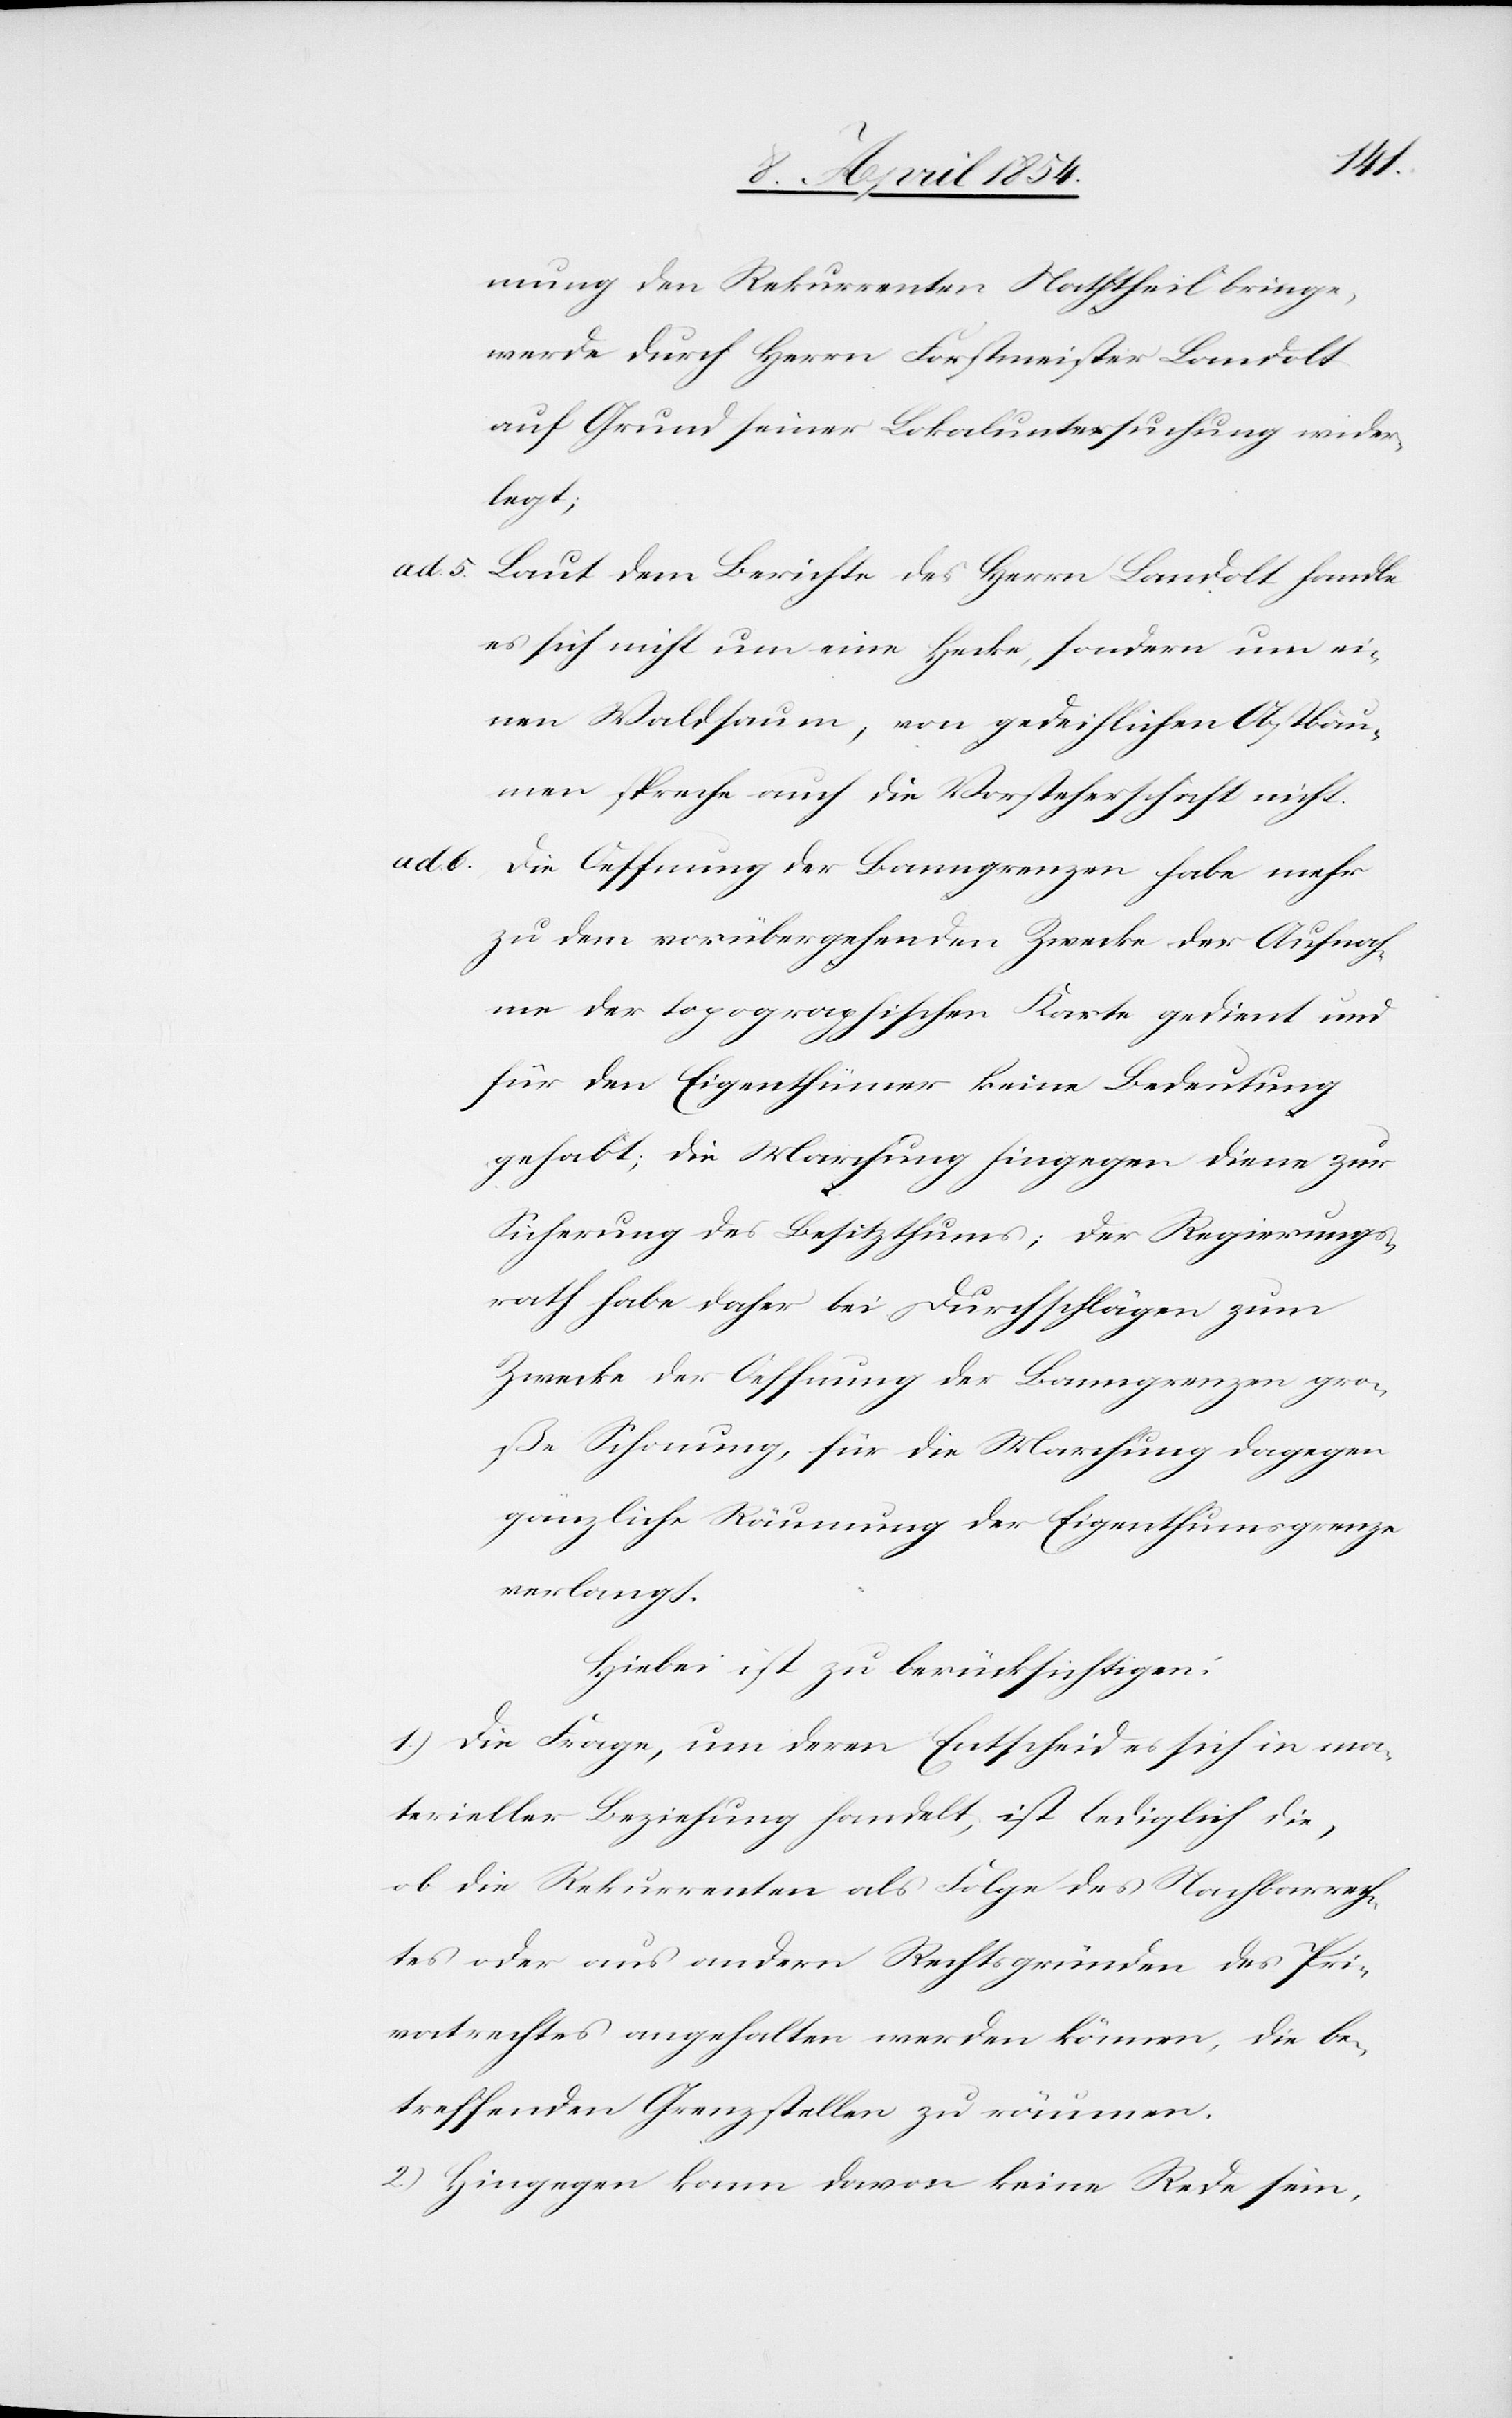
mung den Rekurrenten Nachtheil bringe,
werde durch Herrn Forstmeister Landolt
auf Grund seiner Lokaluntersuchung wider¬
legt;
ad. 5. Laut dem Berichte des Herrn Landolt handle
es sich nicht um eine Hecke, sondern um ei¬
nen Waldsaum; von gedeihlichen Obstbäu¬
men spreche auch die Vorsteherschaft nicht.
ad. 6. Die Oeffnung der Banngrenzen habe mehr
zu dem vorübergehenden Zwecke der Aufnah¬
me der topographischen Karte gedient und
für den Eigenthümer keine Bedeutung
gehabt; die Marchung hingegen diene zur
Sicherung des Besitzthums; der Regierungs¬
rath habe daher bei Durchschlägen zum
Zwecke der Oeffnung der Banngrenzen gro¬
ße Schonung, für die Marchung dagegen
gänzliche Räumung der Eigenthumsgrenze
verlangt.
Hiebei ist zu berücksichtigen:
1.) Die Frage, um deren Entscheid es sich in ma¬
terieller Beziehung handelt, ist lediglich die,
ob die Rekurrenten als Folge des Nachbarrech¬
tes oder aus andern Rechtsgründen des Pri¬
vatrechtes angehalten werden können, die be¬
treffenden Grenzstellen zu räumen.
2.) Hingegen kann davon keine Rede sein,